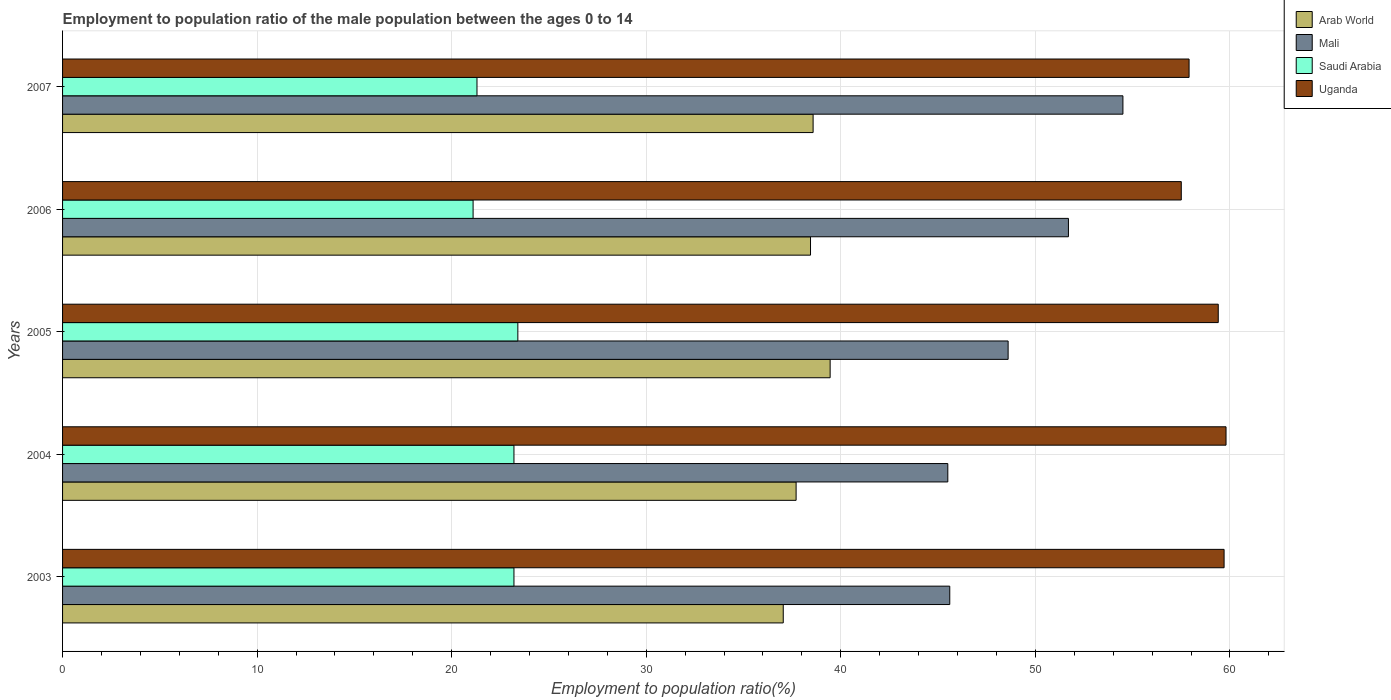
| Years | Arab World | Mali | Saudi Arabia | Uganda |
 | --- | --- | --- | --- | --- |
 | 2003 | 37 | 45.6 | 23.2 | 59.7 |
 | 2004 | 37.7 | 45.5 | 23.2 | 59.8 |
 | 2005 | 39.5 | 48.6 | 23.4 | 59.4 |
 | 2006 | 38.4 | 51.7 | 21.1 | 57.5 |
 | 2007 | 38.6 | 54.5 | 21.3 | 57.9 |